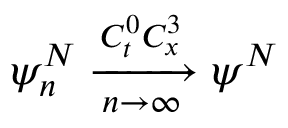
\psi _ { n } ^ { N } \xrightarrow [ n \rightarrow \infty ] { C _ { t } ^ { 0 } C _ { x } ^ { 3 } } \psi ^ { N }